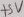
Text: +5V